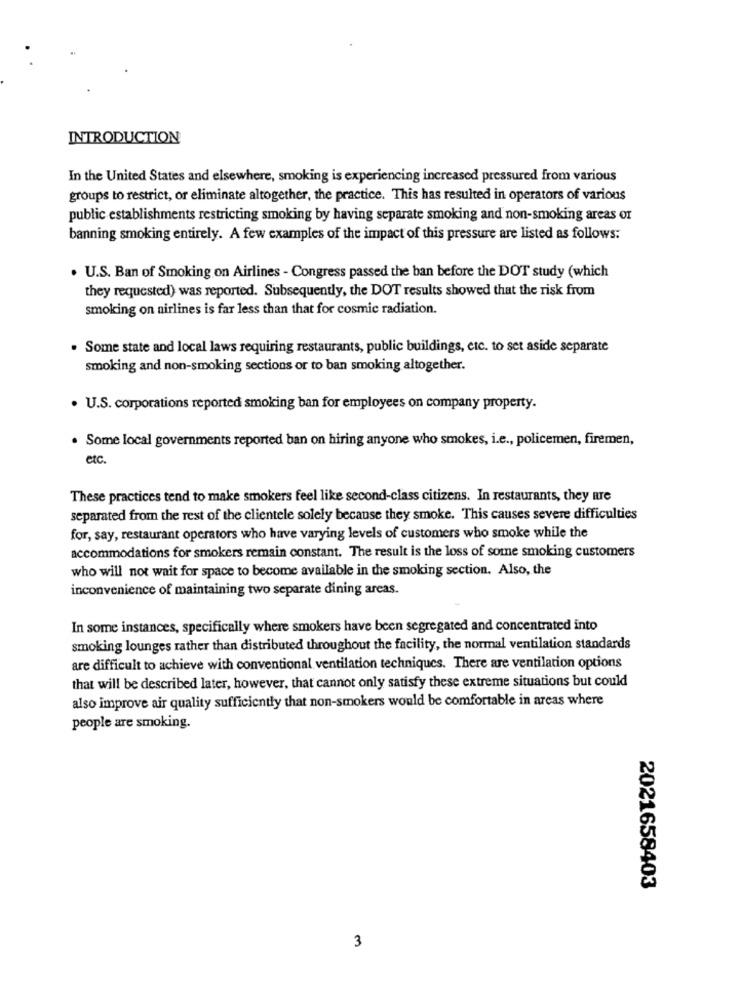
INTRODUCTION
In the United States and elsewhere, smoking is experiencing increased pressured from various
groups to restrict, or eliminate altogether, the practice. This has resulted in operators of various
public establishments restricting smoking by having separate smoking and non-smoking areas or
banning smoking entirely. A few examples of the impact of this pressure are listed as follows:
. U.S. Ban of Smoking on Airlines - Congress passed the ban before the DOT study (which
they requested) was reported. Subsequently, the DOT results showed that the risk from
smoking on airlines is far less than that for cosmic radiation.
. Some state and local laws requiring restaurants, public buildings, etc. to set aside separate
smoking and non-smoking sections or to ban smoking altogether.
. U.S. corporations reported smoking ban for employees on company property.
· Some local governments reported ban on hiring anyone who smokes, i.e ., policemen, firemen,
etc.
These practices tend to make smokers feel like second-class citizens. In restaurants, they are
separated from the rest of the clientele solely because they smoke. This causes severe difficulties
for, say, restaurant operators who have varying levels of customers who smoke while the
accommodations for smokers remain constant. The result is the loss of some smoking customers
who will not wait for space to become available in the smoking section. Also, the
inconvenience of maintaining two separate dining areas.
In some instances, specifically where smokers have been segregated and concentrated into
smoking lounges rather than distributed throughout the facility, the normal ventilation standards
are difficult to achieve with conventional ventilation techniques. There are ventilation options
that will be described later, however, that cannot only satisfy these extreme situations but could
also improve air quality sufficiently that non-smokers would be comfortable in areas where
people are smoking.
2021658403
3